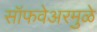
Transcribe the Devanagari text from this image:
सॉफवेअरमुळे